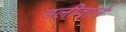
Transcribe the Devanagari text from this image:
नलीवाले